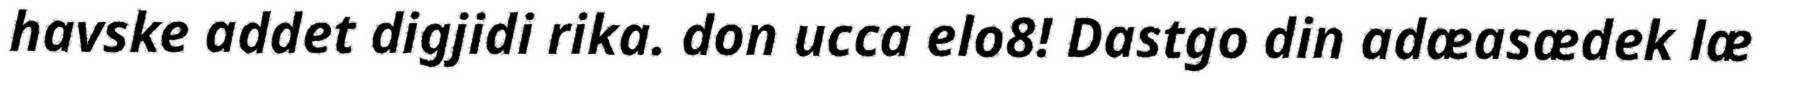
havske addet digjidi rika. don ucca elo8! Dastgo din adæasædek læ